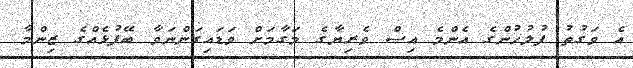
އެ ވަގުތު ފުލުހުންގެ އެންމެ އިސް ވެރިޔާގެ މަގާމަށް ވަޑައިގަންނަވާ ބޭފުޅެއްގެ ޒިންމާ